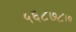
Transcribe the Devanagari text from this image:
५६८७८७